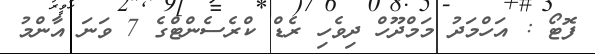
ފޮޓޯ : އަހްމަދު މަމްދޫހް ދިވެހި ރެޑް ކްރެސެންޓްގެ 7 ވަނަ އާންމު